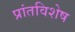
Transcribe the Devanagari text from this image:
प्रांतविशेष